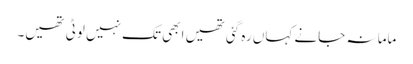
ماما نہ جانے کہاں رہ گئی تھیں ابھی تک نہیں لوٹی تھیں۔